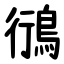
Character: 鴴